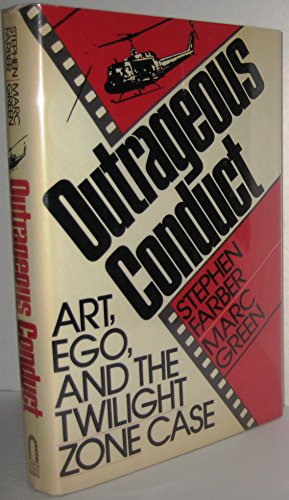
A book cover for Outrageous Conduct: Art, Ego, and the Twilight Zone Case; Stephen Farber; Humor & Entertainment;